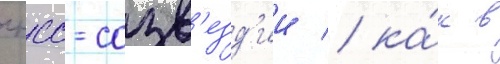
гнсс-созв'езд'ии / ка́к в